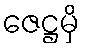
ဇေဋ္ဌမှိ